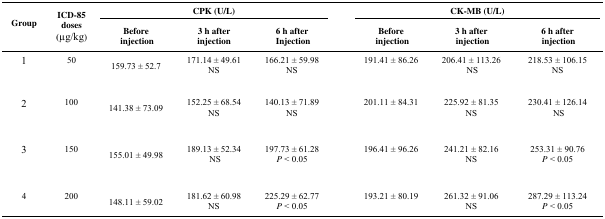
<table><thead><tr><td rowspan="2"><b>Group</b></td><td rowspan="2"><b>ICD-85 doses (μg/kg)</b></td><td colspan="3"><b>CPK (U/L)</b></td><td>[EMPTY_CELL]</td><td colspan="3"><b>CK-MB (U/L)</b></td></tr><tr><td><b>Before injection</b></td><td><b>3 h after injection</b></td><td><b>6 h after Injection</b></td><td>[EMPTY_CELL]</td><td><b>Before injection</b></td><td><b>3 h after injection</b></td><td><b>6 h after injection</b></td></tr></thead><tbody><tr><td>1</td><td>50</td><td>159.73 ± 52.7</td><td>171.14 ± 49.61NS</td><td>166.21 ± 59.98NS</td><td>[EMPTY_CELL]</td><td>191.41 ± 86.26</td><td>206.41 ± 113.26 NS</td><td>218.53 ± 106.15NS</td></tr><tr><td>2</td><td>100</td><td>141.38 ± 73.09</td><td>152.25 ± 68.54NS</td><td>140.13 ± 71.89NS</td><td>[EMPTY_CELL]</td><td>201.11 ± 84.31</td><td>225.92 ± 81.35NS</td><td>230.41 ± 126.14 NS</td></tr><tr><td>3</td><td>150</td><td>155.01 ± 49.98</td><td>189.13 ± 52.34NS</td><td>197.73 ± 61.28<i>P</i> &lt; 0.05</td><td>[EMPTY_CELL]</td><td>196.41 ± 96.26</td><td>241.21 ± 82.16NS</td><td>253.31 ± 90.76<i>P</i> &lt; 0.05</td></tr><tr><td>4</td><td>200</td><td>148.11 ± 59.02</td><td>181.62 ± 60.98NS</td><td>225.29 ± 62.77<i>P</i> &lt; 0.05</td><td>[EMPTY_CELL]</td><td>193.21 ± 80.19</td><td>261.32 ± 91.06NS</td><td>287.29 ± 113.24<i>P</i> &lt; 0.05</td></tr></tbody></table>